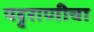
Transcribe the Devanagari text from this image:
पट्टराणीचा